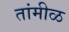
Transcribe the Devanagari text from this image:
तांमीळ